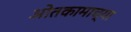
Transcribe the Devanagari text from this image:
ओतकामाच्या